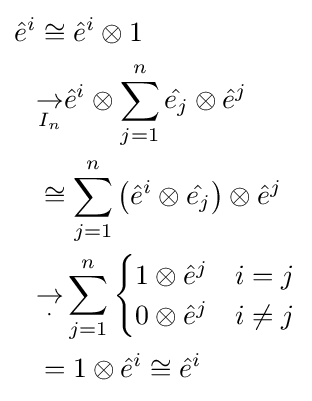
{\begin{aligned}{\hat {e}}^{i}&\cong {\hat {e}}^{i}\otimes 1\\&{\underset {I_{n}}{\to }}{\hat {e}}^{i}\otimes \sum _{j=1}^{n}{\hat {e_{j}}}\otimes {\hat {e}}^{j}\\&\cong \sum _{j=1}^{n}\left({\hat {e}}^{i}\otimes {\hat {e_{j}}}\right)\otimes {\hat {e}}^{j}\\&{\underset {\cdot }{\to }}\sum _{j=1}^{n}{\begin{cases}1\otimes {\hat {e}}^{j}&i=j\\0\otimes {\hat {e}}^{j}&i\neq j\end{cases}}\\&=1\otimes {\hat {e}}^{i}\cong {\hat {e}}^{i}\end{aligned}}